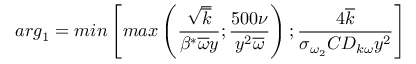
a r g _ { 1 } = m i n \left[ m a x \left( \frac { \sqrt { \overline { { k } } } } { \beta ^ { * } \overline { { \omega } } y } ; \frac { 5 0 0 \nu } { y ^ { 2 } \overline { { \omega } } } \right) ; \frac { 4 \overline { { k } } } { \sigma _ { \omega _ { 2 } } C D _ { k \omega } y ^ { 2 } } \right]